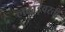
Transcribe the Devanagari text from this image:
लढाईवरती